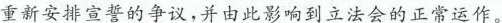
重新安排宣誓的争议，并由此影响到立法会的正常运作。